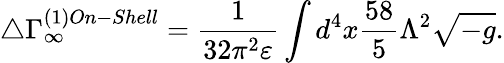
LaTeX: \triangle\Gamma_{\infty}^{(1)On-Shell}=\frac{1}{32\pi^{2}\varepsilon}\int d^{4}x\frac{58}{5}\Lambda^{2}\sqrt{-g}.